Lunatic asylums Madras 1892-1911 - 1892-1911
Year: 1892
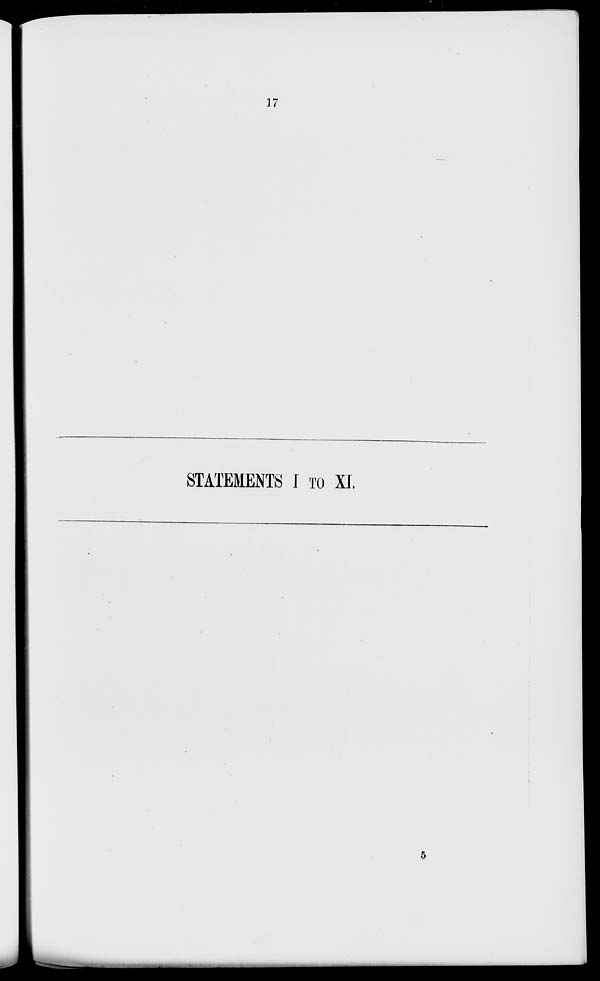
17
STATEMENTS I TO XL